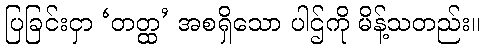
ပြခြင်းငှာ ‘တတ္ထ’ အစရှိသော ပါဌ်ကို မိန့်သတည်း။